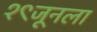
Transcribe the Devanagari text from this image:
१९जूनला